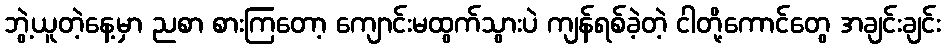
ဘွဲ့ယူတဲ့နေ့မှာ ညစာ စားကြတော့ ကျောင်းမထွက်သွားပဲ ကျန်ရစ်ခဲ့တဲ့ ငါတို့ကောင်တွေ အချင်းချင်း